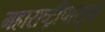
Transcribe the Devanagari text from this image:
महाराष्ट्रीपासून